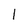
Character: 1